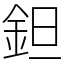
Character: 鉭